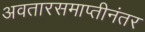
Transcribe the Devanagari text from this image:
अवतारसमाप्तीनंतर